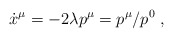
\begin{align*}\dot x^\mu = - 2 \lambda p^\mu = p^\mu/p^0 \; ,\end{align*}